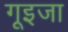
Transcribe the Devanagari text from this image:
गूइजा